Leaving Certificate Examination, 1921
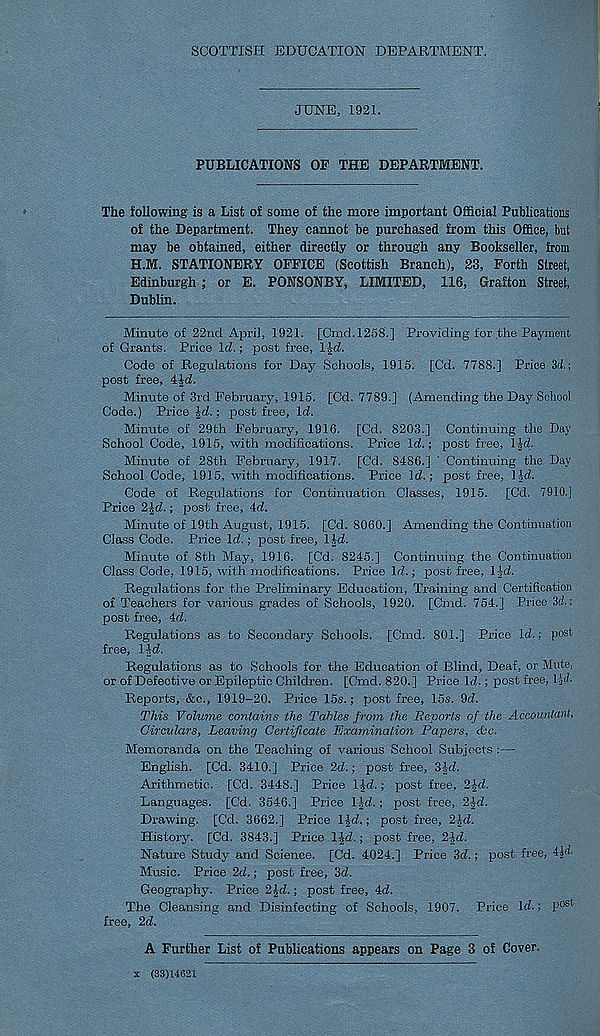
SCOTTISH EDUCATION DEPARTMENT.
JUNE, 1921.
PUBLICATIONS OF THE DEPARTMENT.
The following is a List of some of the more important Official Publications
of the Department. They cannot be purchased from this Office, bui
may be obtained, either directly or through any Bookseller, from
H.M. STATIONERY OFFICE (Scottish Branch), 23, Forth Street,
Edinburgh ; or E. PONSONBY, LIMITED, 116, Grafton Street,
Dublin.
Minute of 22nd April, 1921. [Cmd.1258.] Providing for the Payment
of Grants. Price Id.; post free, IJd.
Code of Regulations for Day Schools, 1915. [Cd. 7788.] Price 3d.;
post free, 4^d.
Minute of 3rd February, 1915. [Cd. 7789.] (Amending the Day School
Code.) Price -|d.; post free, Id.
Minute of 29th February, 1916. [Cd. 8203.] Continuing the Day
School Code, 1915, with modifications. Price Id.; post free, IJd.
Minute of 28th February, 1917. [Cd. 8486.] ' Continuing the Day
School Code, 1915, with modifications. Price Id.; post free, ltd.
Code of Regulations for Continuation Classes, 1915. [Cd. 7910.]
Price 2Jd.; post free, 4d.
Minute of 19th August, 1915. [Cd. 8060.] Amending the Continuation
Class Code. Price Id.; post free, lid.
Minute of 8th May, 1916. [Cd. 8245.] Continuing the Continuation
Class Code, 1915, with modifications. Price Id.; post free, l|d.
Regulations for the Preliminary Education, Training and Certification
of Teachers for various grades of Schools, 1920. [Cmd. 754.] Price 3d.;
post free, 4d.
Regulations as to Secondary Schools. [Cmd. 801.] Price Id.; post
free, l|d.
Regulations as to Schools for the Education of Blind, Deaf, or Mute,
or of Defective or Epileptic Children. [Cmd. 820.] Price Id.; post free, l id-
Reports, &c., 1919-20. Price 15s.; post free, 15s. 9d.
This Volume contains the Tables from the JReports of the Accountant,
Circulars, Leaving Certificate Examination Papers, cbc.
Memoranda on the Teaching of various School Subjects :—
English. [Cd. 3410.] Price 2d.; post free, 3Id.
Arithmetic. [Cd. 3448.] Price ltd.; post free, 2^d.
Languages. [Cd. 3546.] Price ltd.; post free, 2td.
Drawing. [Cd. 3662.] Price lid.; post free, 2id.
History. [Cd. 3843.] Price l|d.; post free, 2id.
Nature Study and Science. [Cd. 4024.] Price 3d.; post free, tld-
Music. Price 2d.; post free, 3d.
Geography. Price 2^d.; post free, 4d.
The Cleansing and Disinfecting of Schools, 1907. Price Id.; P 0 * 4,
free, 2d.
A Further List of Publications appears on Page 3 of Cover.
x (33)14621